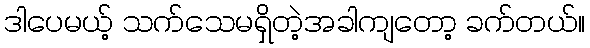
ဒါပေမယ့် သက်သေမရှိတဲ့အခါကျတော့ ခက်တယ်။